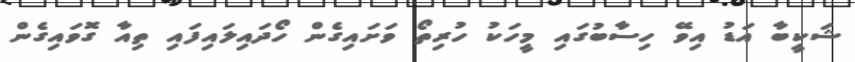
ޝަކީބާ އަޑު އިވޭ ހިސާބުގައި މީހަކު ހުރިތޯ ވަށައިގެން ހޯދައިލައިފައި ތިއާ ގޮވައިގެން